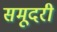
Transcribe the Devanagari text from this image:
समूदरी